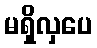
မရှိလှပေ